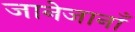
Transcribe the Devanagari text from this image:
जानेजानाँ